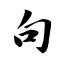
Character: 句